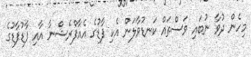
މިހެން ދުވާ ނުބައި ވަސްތައް ކަނޑުވާލަން އެކި ފާޑުގެ އެއާފްރެޝްނާ އާއި ފާޑުފާޑުގެ